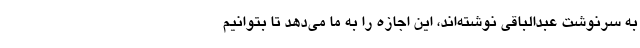
به سرنوشت عبدالباقی نوشته‌اند، این اجازه را به ما می‌دهد تا بتوانیم